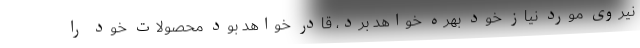
نیروی مورد نیاز خود بهره خواهد برد، قادر خواهد بود محصولات خود را